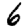
Digit: 6